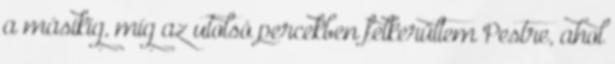
a másikig, míg az utolsó percekben felkerültem Pestre, ahol